Civil Veterinary Department. Madras. Admin. report 1926-33 - 1926-1933
Year: 1926
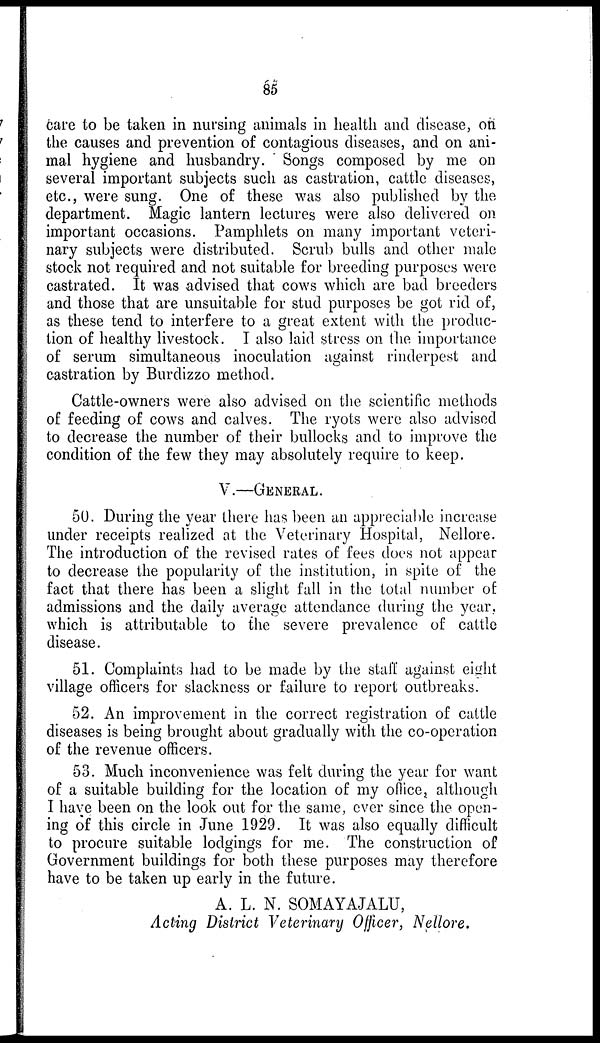
85
care to be taken in nursing animals in health and disease, on
the causes and prevention of contagious diseases, and on ani-
mal hygiene and husbandry. Songs composed by me on
several important subjects such as castration, cattle diseases,
etc., were sung. One of these was also published by the
department. Magic lantern lectures were also delivered on
important occasions. Pamphlets on many important veteri-
nary subjects were distributed. Scrub bulls and other male
stock not required and not suitable for breeding purposes were
castrated. It was advised that cows which are bad breeders
and those that are unsuitable for stud purposes be got rid of,
as these tend to interfere to a great extent with the produc-
tion of healthy livestock. I also laid stress on the importance
of serum simultaneous inoculation against rinderpest and
castration by Burdizzo method.
Cattle-owners were also advised on the scientific methods
of feeding of cows and calves. The ryots were also advised
to decrease the number of their bullocks and to improve the
condition of the few they may absolutely require to keep.
V.—GENERAL.
50. During the year there has been an appreciable increase
under receipts realized at the Veterinary Hospital, Nellore.
The introduction of the revised rates of fees does not appear
to decrease the popularity of the institution, in spite of the
fact that there has been a slight fall in the total number of
admissions and the daily average attendance during the year,
which is attributable to the severe prevalence of cattle
disease.
51. Complaints had to be made by the staff against eight
village officers for slackness or failure to report outbreaks.
52. An improvement in the correct registration of cattle
diseases is being brought about gradually with the co-operation
of the revenue officers.
53. Much inconvenience was felt during the year for want
of a suitable building for the location of my office, although
I have been on the look out for the same, ever since the open-
ing of this circle in June 1929. It was also equally difficult
to procure suitable lodgings for me. The construction of
Government buildings for both these purposes may therefore
have to be taken up early in the future.
A. L. N. SOMAYAJALU,
Acting District Veterinary Officer, Nellore.